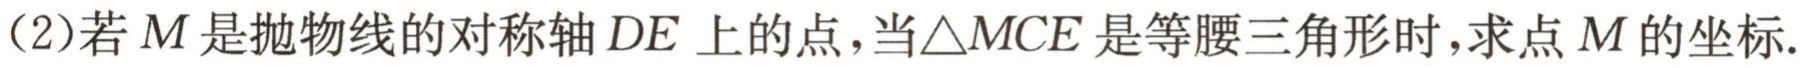
（2）若\(M\)是抛物线的对称轴\(DE\)上的点，当\(\triangle MCE\)是等腰三角形时，求点\(M\)的坐标.